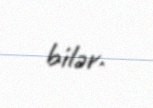
bilər.